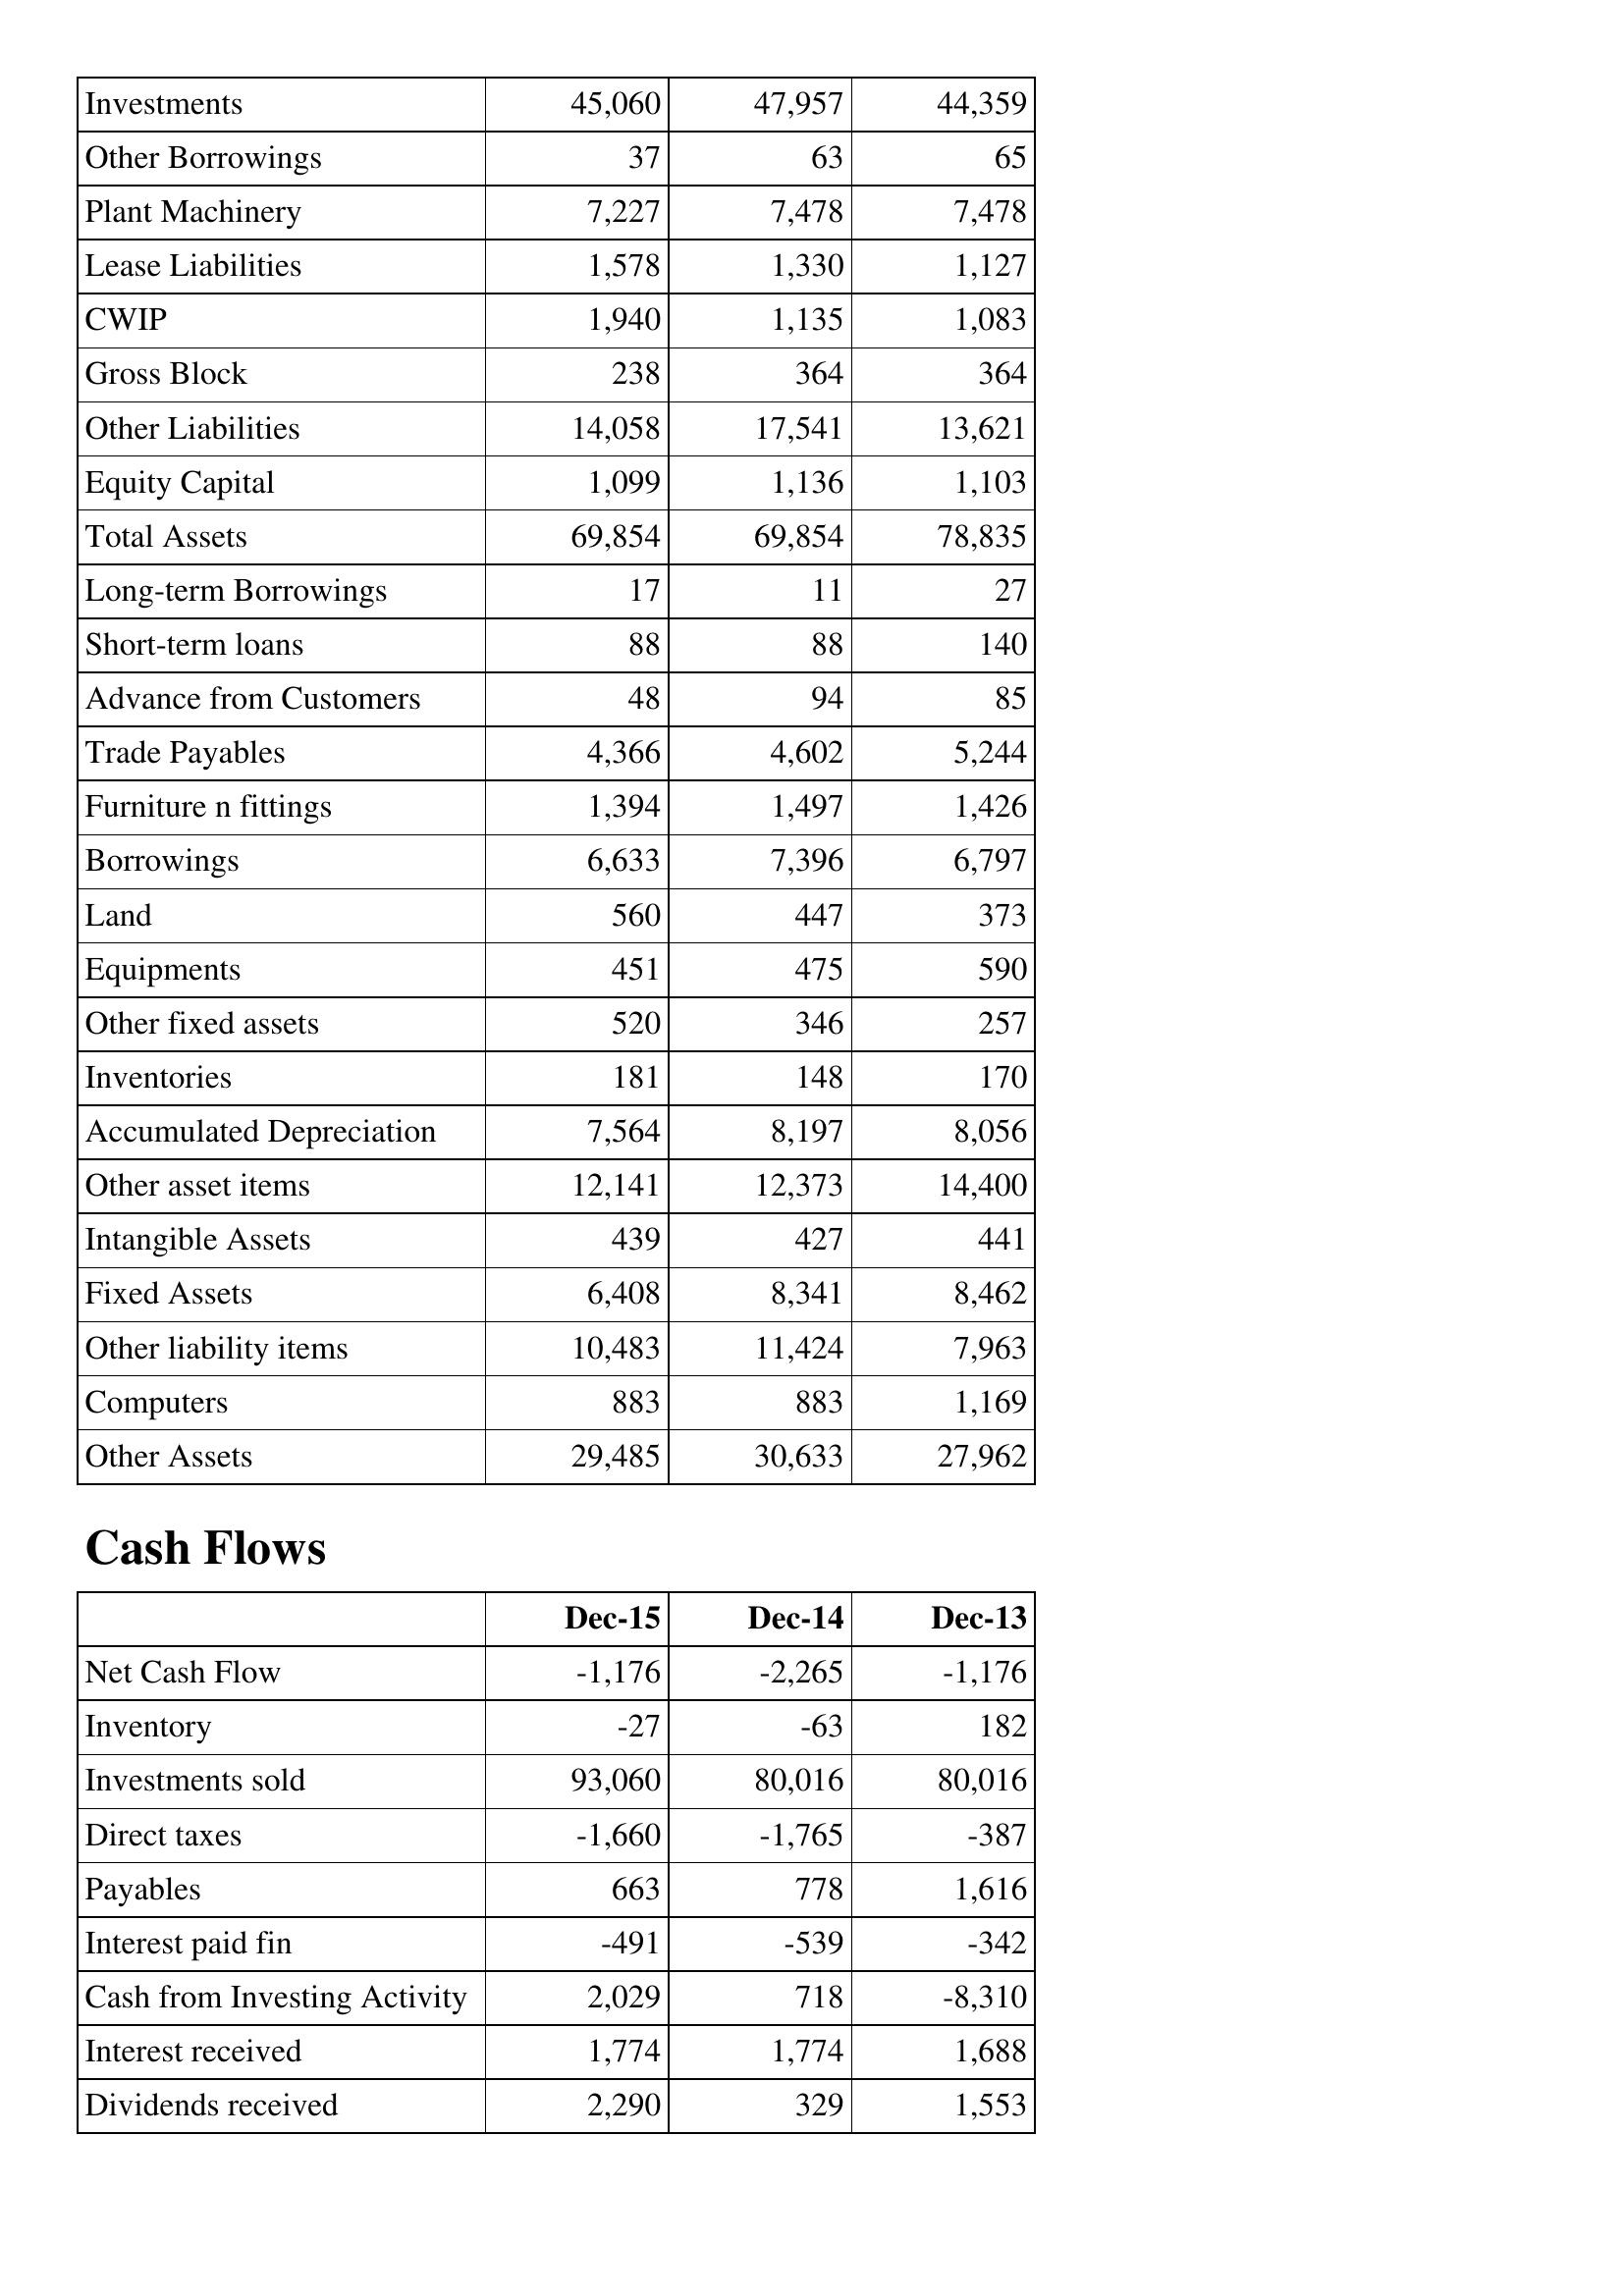
Dec-15: Balance Sheet: Investments: 45,060
Other Borrowings: 37
Plant Machinery: 7,227
Lease Liabilities: 1,578
CWIP: 1,940
Gross Block: 238
Other Liabilities: 14,058
Equity Capital: 1,099
Total Assets: 69,854
Long-term Borrowings: 17
Short-term loans: 88
Advance from Customers: 48
Trade Payables: 4,366
Furniture n fittings: 1,394
Borrowings: 6,633
Land: 560
Equipments: 451
Other fixed assets: 520
Inventories: 181
Accumulated Depreciation: 7,564
Other asset items: 12,141
Intangible Assets: 439
Fixed Assets: 6,408
Other liability items: 10,483
Computers: 883
Other Assets: 29,485
Cash Flows: Net Cash Flow: -1,176
Inventory: -27
Investments sold: 93,060
Direct taxes: -1,660
Payables: 663
Interest paid fin: -491
Cash from Investing Activity: 2,029
Interest received: 1,774
Dividends received: 2,290
Dec-14: Balance Sheet: Investments: 47,957
Other Borrowings: 63
Plant Machinery: 7,478
Lease Liabilities: 1,330
CWIP: 1,135
Gross Block: 364
Other Liabilities: 17,541
Equity Capital: 1,136
Total Assets: 69,854
Long-term Borrowings: 11
Short-term loans: 88
Advance from Customers: 94
Trade Payables: 4,602
Furniture n fittings: 1,497
Borrowings: 7,396
Land: 447
Equipments: 475
Other fixed assets: 346
Inventories: 148
Accumulated Depreciation: 8,197
Other asset items: 12,373
Intangible Assets: 427
Fixed Assets: 8,341
Other liability items: 11,424
Computers: 883
Other Assets: 30,633
Cash Flows: Net Cash Flow: -2,265
Inventory: -63
Investments sold: 80,016
Direct taxes: -1,765
Payables: 778
Interest paid fin: -539
Cash from Investing Activity: 718
Interest received: 1,774
Dividends received: 329
Dec-13: Balance Sheet: Investments: 44,359
Other Borrowings: 65
Plant Machinery: 7,478
Lease Liabilities: 1,127
CWIP: 1,083
Gross Block: 364
Other Liabilities: 13,621
Equity Capital: 1,103
Total Assets: 78,835
Long-term Borrowings: 27
Short-term loans: 140
Advance from Customers: 85
Trade Payables: 5,244
Furniture n fittings: 1,426
Borrowings: 6,797
Land: 373
Equipments: 590
Other fixed assets: 257
Inventories: 170
Accumulated Depreciation: 8,056
Other asset items: 14,400
Intangible Assets: 441
Fixed Assets: 8,462
Other liability items: 7,963
Computers: 1,169
Other Assets: 27,962
Cash Flows: Net Cash Flow: -1,176
Inventory: 182
Investments sold: 80,016
Direct taxes: -387
Payables: 1,616
Interest paid fin: -342
Cash from Investing Activity: -8,310
Interest received: 1,688
Dividends received: 1,553